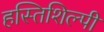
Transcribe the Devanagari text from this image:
हस्तिशिल्पी